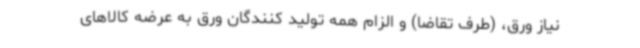
نیاز ورق، (طرف تقاضا) و الزام همه تولید کنندگان ورق به عرضه کالاهای